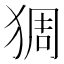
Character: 𱮅